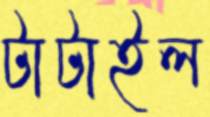
টাটাইল